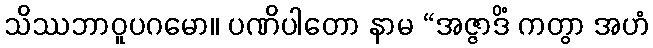
သိဿဘာဝူပဂမော။ ပဏိပါတော နာမ “အဇ္ဇာဒိံ ကတွာ အဟံ